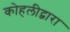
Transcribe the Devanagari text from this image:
कोहलीद्वारा